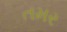
તમર